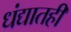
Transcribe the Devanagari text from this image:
धंद्यातही